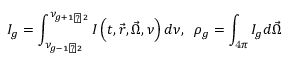
I _ { g } = \int _ { \nu _ { g - { 1 \mathord { \left/ { \vphantom { 1 2 } } \right. \kern - \nulldelimiterspace } 2 } } } ^ { \nu _ { g + { 1 \mathord { \left/ { \vphantom { 1 2 } } \right. \kern - \nulldelimiterspace } 2 } } } I \left( t , \vec { r } , \vec { \Omega } , \nu \right) d \nu , \; \; \rho _ { g } = \int _ { \mathrm { 4 } \pi } I _ { g } d \vec { \Omega }